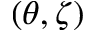
( \theta , \zeta )